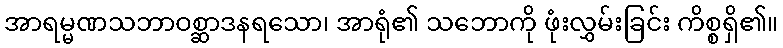
အာရမ္မဏသဘာဝစ္ဆာဒနရသော၊ အာရုံ၏ သဘောကို ဖုံးလွှမ်းခြင်း ကိစ္စရှိ၏။